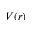
V ( r )